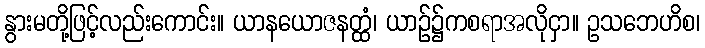
နွားမတို့ဖြင့်လည်းကောင်း။ ယာနယောဇနတ္ထံ၊ ယာဉ်၌ကစရာအလိုငှာ။ ဥသဘေဟိစ၊